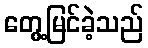
တွေ့မြင်ခဲ့သည်